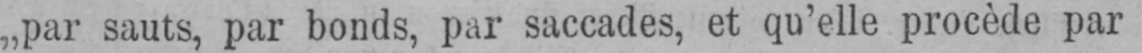
„par sauts, par bonds, par saccades, et qu’elle procède par